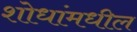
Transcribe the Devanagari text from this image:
शोधांमधील